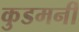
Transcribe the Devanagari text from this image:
कुडमनी